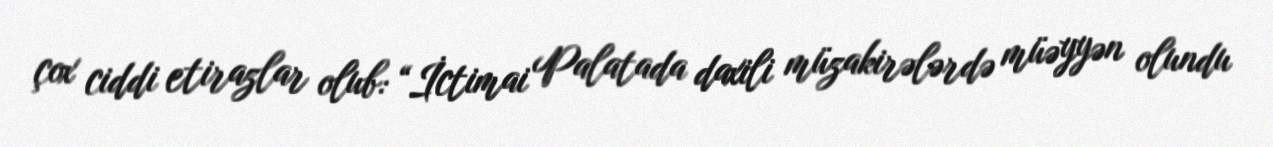
çox ciddi etirazlar olub: “İctimai Palatada daxili müzakirələrdə müəyyən olundu